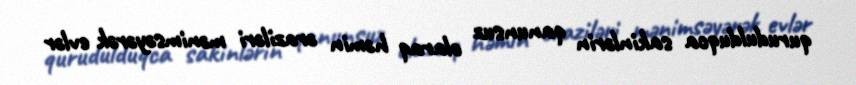
qurudulduqca sakinlərin qanunsuz olaraq həmin əraziləri mənimsəyərək evlər